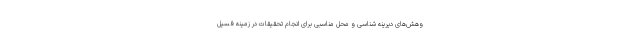
وهش‌های دیرینه شناسی و محل مناسبی برای انجام تحقیقات در زمینه فسیل